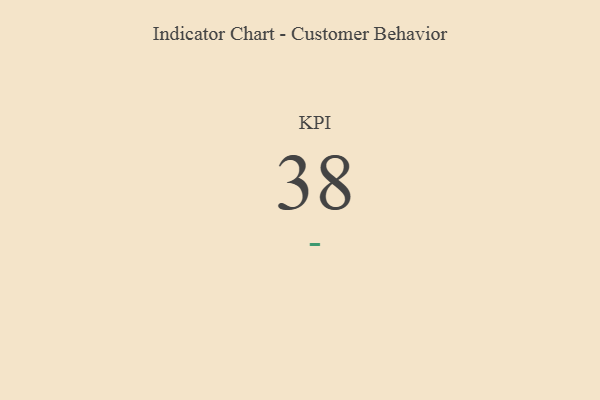
{"axis": {"x": "KPI", "y": "Value"}, "legend": [""], "data": [{"x": "KPI", "y": 38, "type": ""}]}